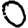
Digit: 0